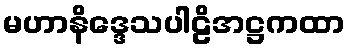
မဟာနိဒ္ဒေသပါဠိအဋ္ဌကထာ